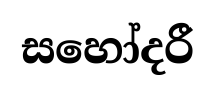
සහෝදරී